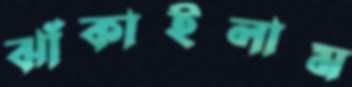
ঝাঁকাইলাম